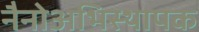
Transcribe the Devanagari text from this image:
नैनोअभिस्थापक